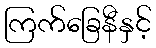
ကြက်ခြေနီနှင့်